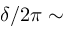
\delta / 2 \pi \sim